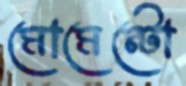
মোমেন্টো